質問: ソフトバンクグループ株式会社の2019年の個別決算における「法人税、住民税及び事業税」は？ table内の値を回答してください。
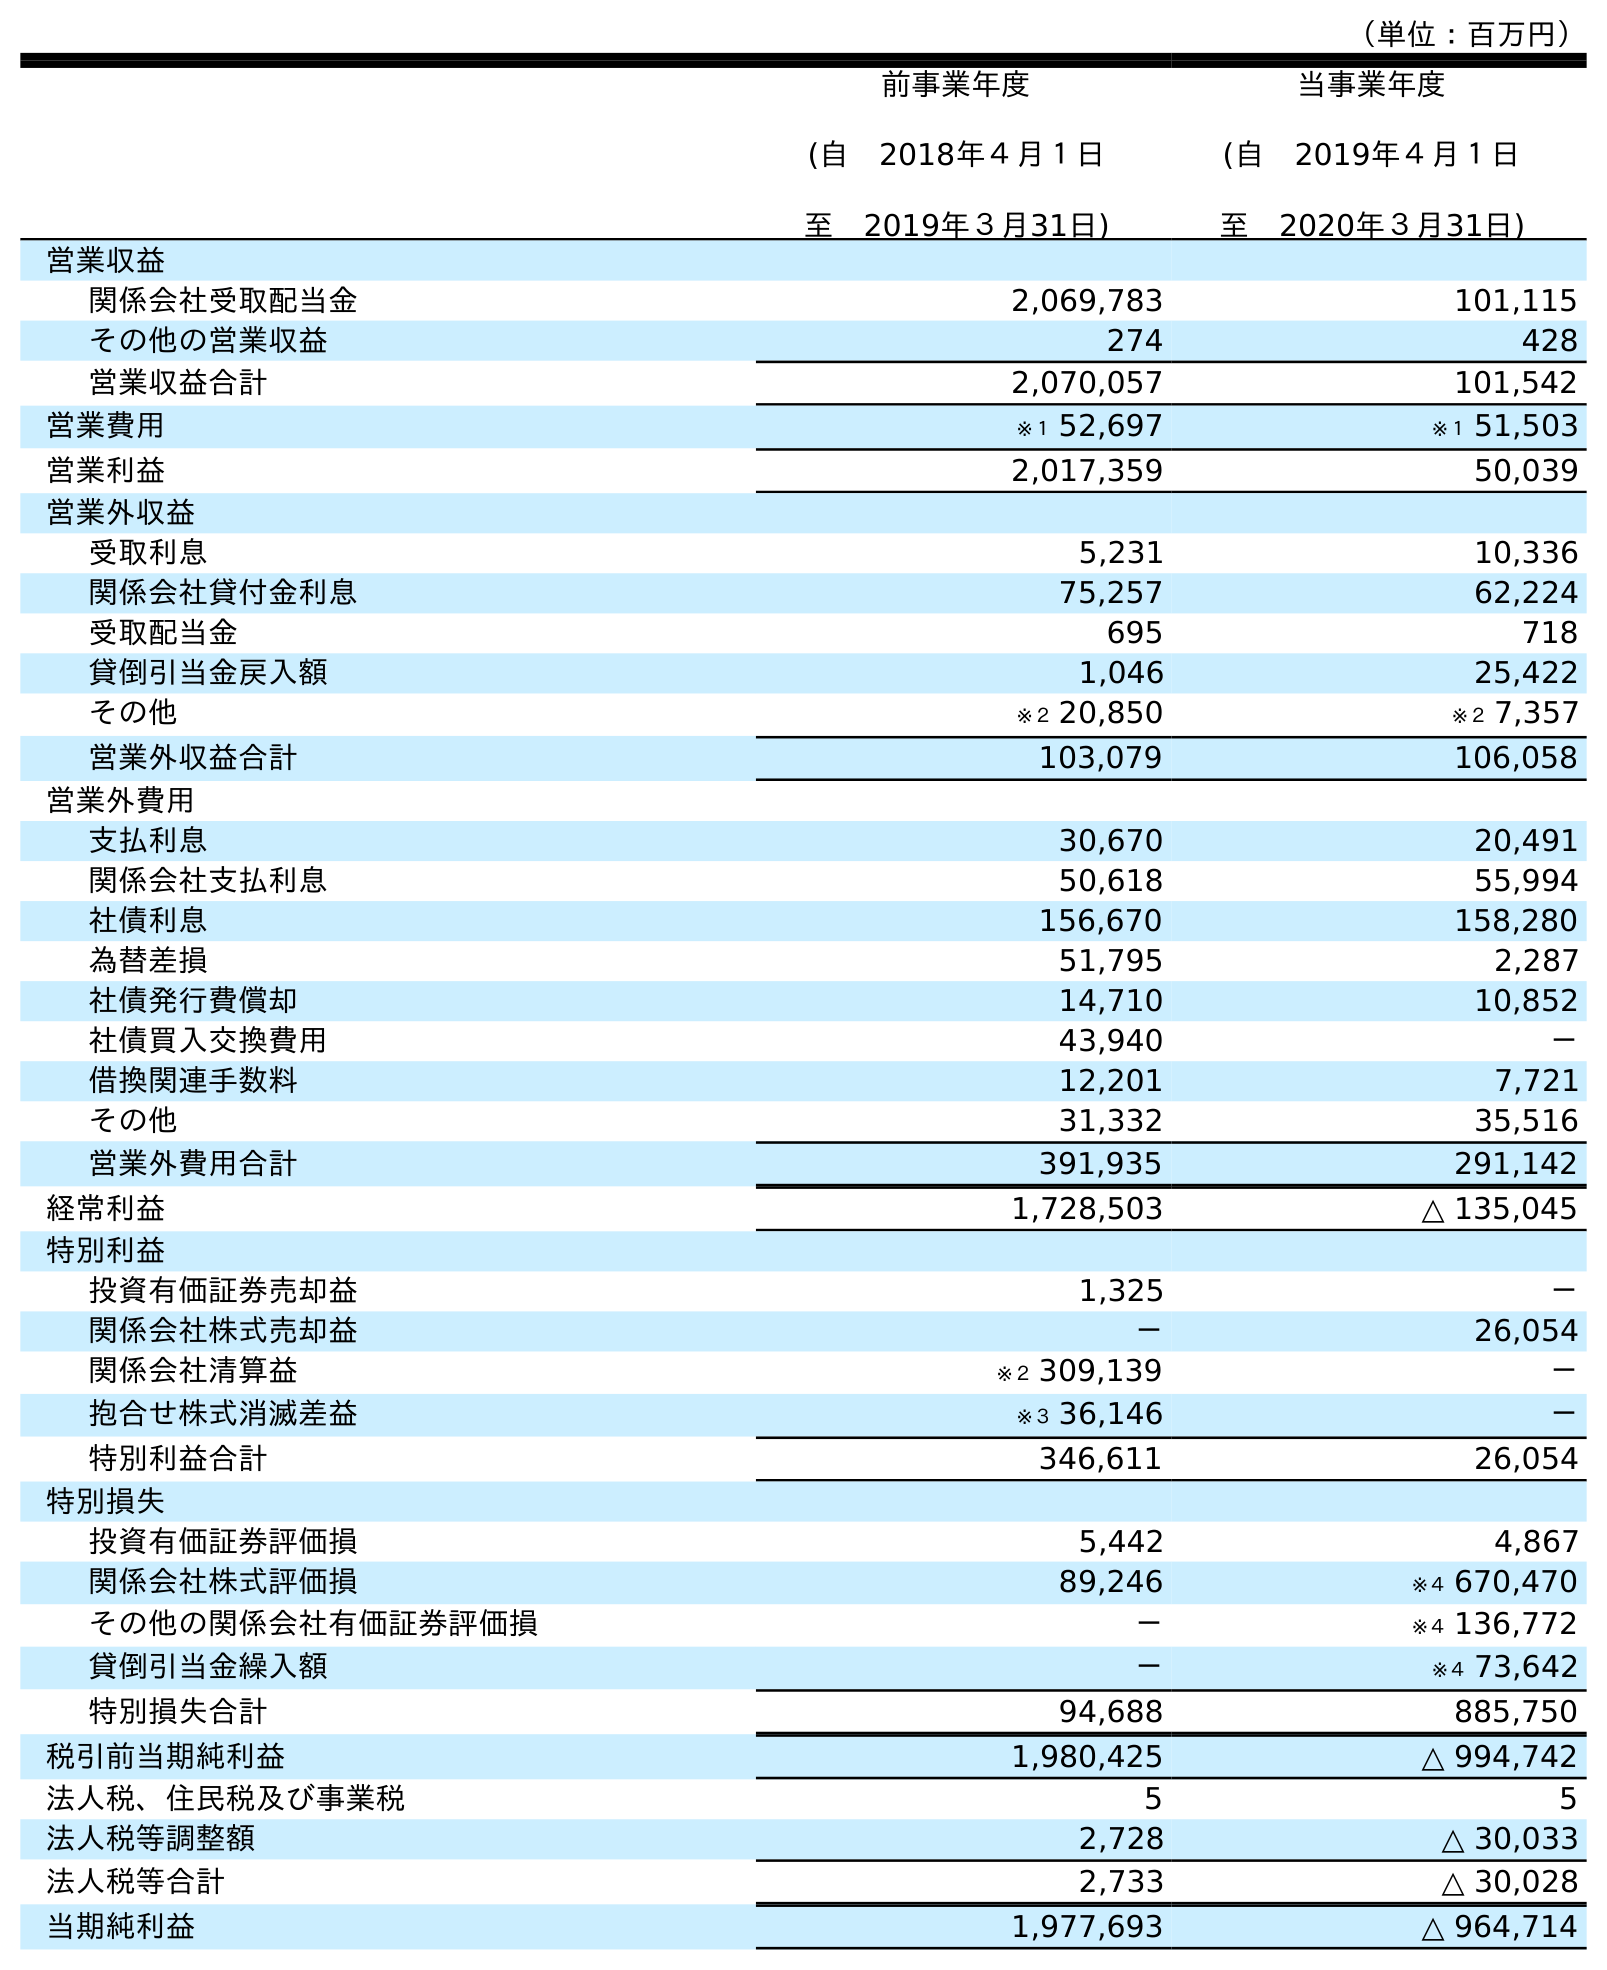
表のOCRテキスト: （単位：百万円） 前事業年度 (自 2018年４月１日 至 2019年３月31日) 当事業年度 (自 2019年４月１日 至 2020年３月31日) 営業収益 関係会社受取配当金 2,069,783 101,115 その他の営業収益 274 428 営業収益合計 2,070,057 101,542 営業費用 ※１ 52,697 ※１ 51,503 営業利益 2,017,359 50,039 営業外収益 受取利息 5,231 10,336 関係会社貸付金利息 75,257 62,224 受取配当金 695 718 貸倒引当金戻入額 1,046 25,422 その他 ※２ 20,850 ※２ 7,357 営業外収益合計 103,079 106,058 営業外費用 支払利息 30,670 20,491 関係会社支払利息 50,618 55,994 社債利息 156,670 158,280 為替差損 51,795 2,287 社債発行費償却 14,710 10,852 社債買入交換費用 43,940 － 借換関連手数料 12,201 7,721 その他 31,332 35,516 営業外費用合計 391,935 291,142 経常利益 1,728,503 △ 135,045 特別利益 投資有価証券売却益 1,325 － 関係会社株式売却益 － 26,054 関係会社清算益 ※２ 309,139 － 抱合せ株式消滅差益 ※３ 36,146 － 特別利益合計 346,611 26,054 特別損失 投資有価証券評価損 5,442 4,867 関係会社株式評価損 89,246 ※４ 670,470 その他の関係会社有価証券評価損 － ※４ 136,772 貸倒引当金繰入額 － ※４ 73,642 特別損失合計 94,688 885,750 税引前当期純利益 1,980,425 △ 994,742 法人税、住民税及び事業税 5 5 法人税等調整額 2,728 △ 30,033 法人税等合計 2,733 △ 30,028 当期純利益 1,977,693 △ 964,714
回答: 5